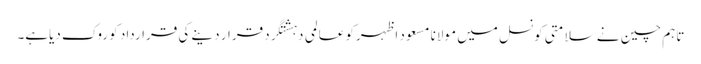
تاہم چین نے سلامتی کونسل میں مولانا مسعود اظہرکو عالمی دہشتگرد قرار دینے کی قرارداد کو روک دیاہے۔